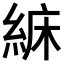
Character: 𦀾